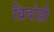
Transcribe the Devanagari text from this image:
व्रिदोही